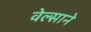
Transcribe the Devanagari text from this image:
वेल्साने